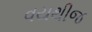
વયથીજ